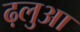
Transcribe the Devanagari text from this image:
ढ़लुआ